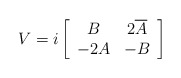
\begin{align*}V=i\left[\begin{array}{cc} B&2\overline{A}\\ -2A&-B\end{array}\right]\end{align*}